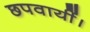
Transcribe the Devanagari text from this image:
छपवायीं।